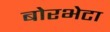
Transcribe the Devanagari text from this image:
बोरभेटा